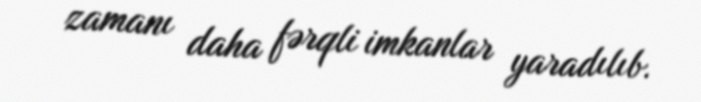
zamanı daha fərqli imkanlar yaradılıb.